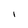
Character: I